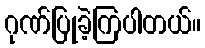
ဂုဏ်ပြုခဲ့ကြပါတယ်။